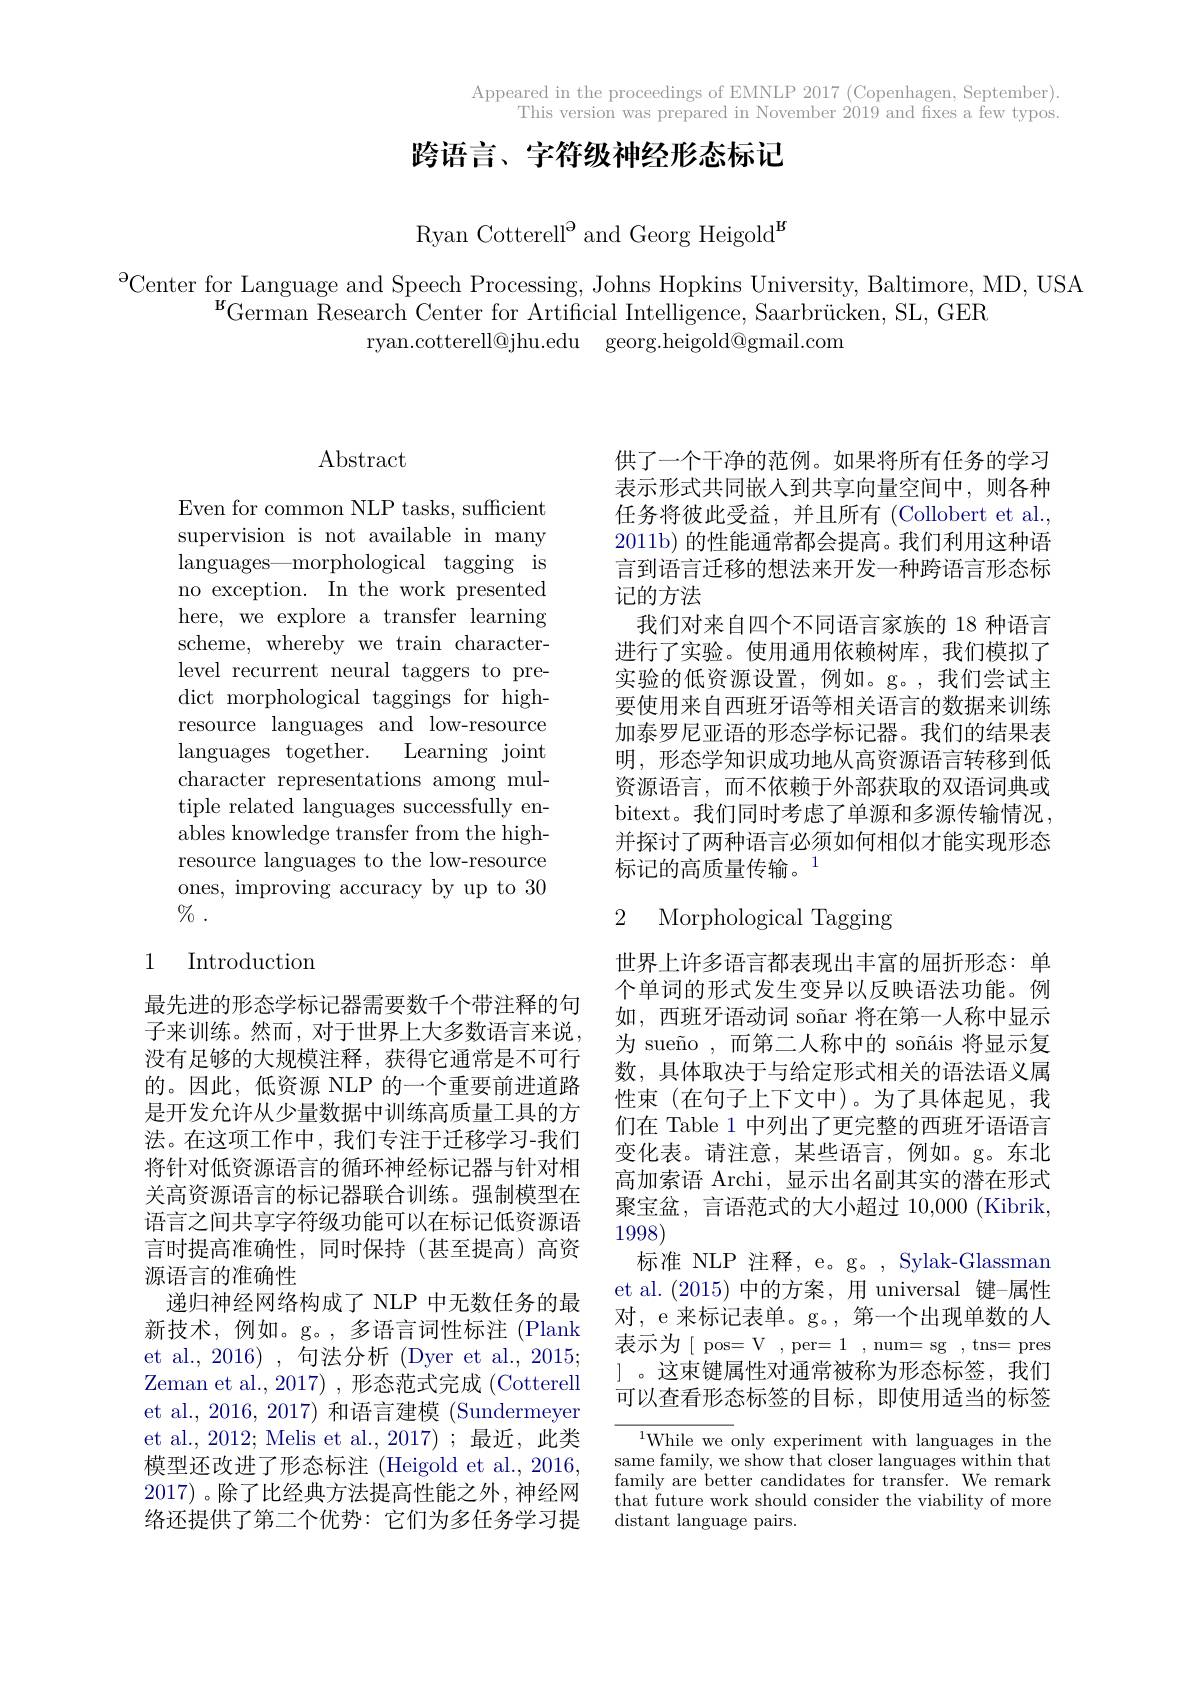
Appeared in the proceedings of EMNLP 2017 (Copenhagen, September)
This version was prepared in November 2019 and fixes a few typos.

# 跨语言、字符级神经形态标记

Ryan Cotterell$^\mathrm{\Theta}$ and Georg Heigold$^\mathrm{g}$

$\mathrm{A}_{\begin{aligned}\text{Center for Language and Speech Processing, Johns Hopkins University, Baltimore, MD, USA}\end{aligned}}$
$\mathrm{~}^{\mathrm{g}}$German Research Center for Artificial Intelligence, Saarbrücken, SL, GER
ryan.cotterell@jhu.edu georg.heigold@gmail.com

## $\operatorname{Abstract}$

Even for common NLP tasks, sufficient supervision is not available in many languages—morphological tagging is no exception. In the work presented here, we explore a transfer learning scheme, whereby we train characterlevel recurrent neural taggers to predict morphological taggings for highresource languages and low-resource languages together. Learning joint character representations among multiple related languages successfully enables knowledge transfer from the highresource languages to the low-resource ones, improving accuracy by up to 30 $\%$ .

## 1 Introduction

最先进的形态学标记器需要数千个带注释的句子来训练。然而，对于世界上大多数语言来说， 没有足够的大规模注释，获得它通常是不可行的。因此，低资源 NLP 的一个重要前进道路是开发允许从少量数据中训练高质量工具的方法。在这项工作中，我们专注于迁移学习-我们将针对低资源语言的循环神经标记器与针对相关高资源语言的标记器联合训练。强制模型在语言之间共享字符级功能可以在标记低资源语言时提高准确性，同时保持(甚至提高)高资源语言的准确性
递归神经网络构成了 NLP 中无数任务的最新技术，例如。g。,多语言词性标注(Plank et al., 2016) , 句法分析 (Dyer et al., 2015; Zeman et al., 2017) , 形态范式完成 (Cotterell et al., 2016, 2017) 和语言建模 (Sundermeyer et al.,2012; Melis et al.,2017);最近，此类模型还改进了形态标注(Heigold et al., 2016, 2017)。除了比经典方法提高性能之外，神经网络还提供了第二个优势：它们为多任务学习提

供了一个干净的范例。如果将所有任务的学习表示形式共同嵌入到共享向量空间中，则各种任务将彼此受益，并且所有(Collobert et al., 2011b) 的性能通常都会提高。我们利用这种语言到语言迁移的想法来开发一种跨语言形态标记的方法
我们对来自四个不同语言家族的 18 种语言进行了实验。使用通用依赖树库，我们模拟了实验的低资源设置，例如。g。,我们尝试主要使用来自西班牙语等相关语言的数据来训练加泰罗尼亚语的形态学标记器。我们的结果表明，形态学知识成功地从高资源语言转移到低资源语言，而不依赖于外部获取的双语词典或bitext。我们同时考虑了单源和多源传输情况， 并探讨了两种语言必须如何相似才能实现形态标记的高质量传输。$^{1}$

### 2 Morphological Tagging

世界上许多语言都表现出丰富的屈折形态：单个单词的形式发生变异以反映语法功能。例如，西班牙语动词 soñar 将在第一人称中显示为 sueño ,而第二人称中的 soñáis 将显示复数，具体取决于与给定形式相关的语法语义属性束(在句子上下文中)。为了具体起见，我们在 Table 1 中列出了更完整的西班牙语语言变化表。请注意，某些语言，例如。g。东北高加索语 Archi, 显示出名副其实的潜在形式聚宝盆，言语范式的大小超过 10,000(Kibrik, 1998)
标准 NLP 注释，e。g。, Sylak-Glassman et al.(2015) 中的方案，用 universal 键-属性对，e 来标记表单。g。, 第一个出现单数的人表示为[ pos= V , per= 1 , num= sg , tns= pres ]。这束键属性对通常被称为形态标签，我们可以查看形态标签的目标，即使用适当的标签

$^{1}$While we only experiment with languages in the same family, we show that closer languages within that family are better candidates for transfer. We remark that future work should consider the viability of more distant language pairs.